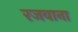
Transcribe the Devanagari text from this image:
रजवाना